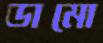
ডামো